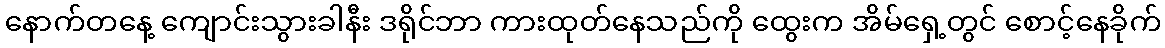
နောက်တနေ့ ကျောင်းသွားခါနီး ဒရိုင်ဘာ ကားထုတ်နေသည်ကို ထွေးက အိမ်ရှေ့တွင် စောင့်နေခိုက်